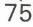
75